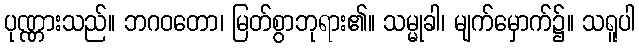
ပုဏ္ဏားသည်။ ဘဂဝတော၊ မြတ်စွာဘုရား၏။ သမ္မုခါ၊ မျက်မှောက်၌။ သရူပါ